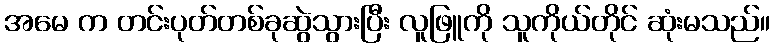
အမေ က တင်းပုတ်တစ်ခုဆွဲသွားပြီး လူဖြူကို သူကိုယ်တိုင် ဆုံးမသည်။